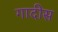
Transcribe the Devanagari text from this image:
गादीस